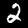
Label: 2